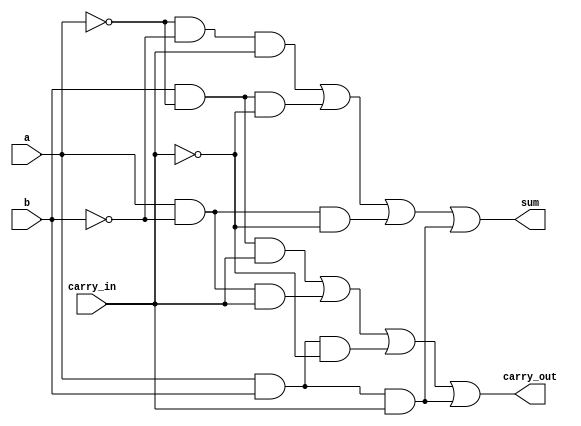
//Design:

module full_adder(a,b,carry_in,sum,carry_out);
output sum,carry_out;
input a,b,carry_in;
/*
wire w1,w2,w3;
half_adder ha1(w1,w2,a,b);
half_adder ha2(sum,w3,w1,carry_in);
or(carry_out,w2,w3);
*/
assign sum=(((~a)&(~b)&carry_in) | (b&(~a)&(~carry_in)) | (a&(~b)&(~carry_in)) | (a&b&carry_in));
assign carry_out=(((~a)&b&carry_in) | (a&(~b)&carry_in) | (a&b&(~carry_in))| (a&b&carry_in));
endmodule
/*
//Test Bench:

module full_adder_tb();
reg a,b,carry_in;
wire sum,carry_out;
full_adder f1(sum,carry_out,a,b,carry_in);
initial
begin
$monitor($time," A=%b B=%b Cin=%b SUM=%b Carry=%b",a,b,carry_in,sum,carry_out);
end
initial
begin
	a=1'b0; b=1'b0; carry_in=1'b0;
	#5;
	a=1'b0; b=1'b0; carry_in=1'b1;
	#5;
	a=1'b0; b=1'b1; carry_in=1'b0;
	#5;
	a=1'b0; b=1'b1; carry_in=1'b1;
	#5;
	a=1'b1; b=1'b0; carry_in=1'b0;
	#5;
	a=1'b1; b=1'b0; carry_in=1'b1;
	#5;
	a=1'b1; b=1'b1; carry_in=1'b0;
	#5;
	a=1'b1; b=1'b1; carry_in=1'b1;
	#5;
end
initial
begin
$dumpfile("full_adder.dump");
$dumpvars(0,full_adder_tb);
end
endmodule
*/